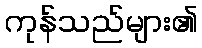
ကုန်သည်များ၏